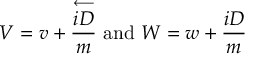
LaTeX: { \cal V } = v + \frac { \stackrel { \longleftarrow } { i D } } { m } \mathrm { ~ a n d ~ } { \cal W } = w + \frac { i D } { m }